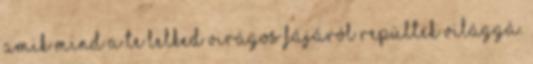
amik mind a te lelked virágos fájáról repültek világgá.